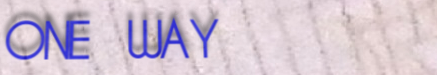
ONE WAY